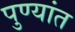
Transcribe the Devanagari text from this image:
पुण्यांत